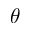
\theta